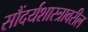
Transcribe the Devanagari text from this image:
सौंदर्यशास्त्रावरील